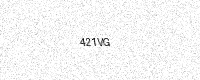
Text: 421VG